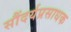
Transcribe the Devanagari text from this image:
सौंदर्यप्रसाधक